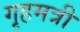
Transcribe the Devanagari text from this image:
गृहमत्री